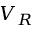
V _ { R }